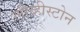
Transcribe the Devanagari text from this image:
लीव्हीस्टोन